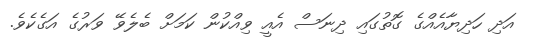
އަދި ހަދިޔާއެއްގެ ގޮތުގައި ދިނަސް އެއީ ވިއްކުން ކަމަށް ބެލެވޭ ވަރުގެ އަގެކެވެ.